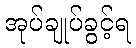
အုပ်ချုပ်ခွင့်ရ